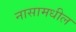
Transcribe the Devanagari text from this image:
नासामधील